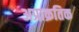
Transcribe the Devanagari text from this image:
अप्राक्रतिक